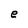
Character: e